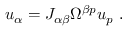
u _ { \alpha } = J _ { \alpha \beta } \Omega ^ { \beta p } u _ { p } \ .